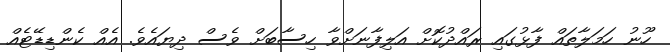
ހޫނު ހަމަލާތައް ފާޅުގައި ރައްދުކޮށް އަލިފާނަށްވާ ހިސާބަށް ވެސް ދިޔައެވެ. އެއް ކެންޑިޑޭޓެއް